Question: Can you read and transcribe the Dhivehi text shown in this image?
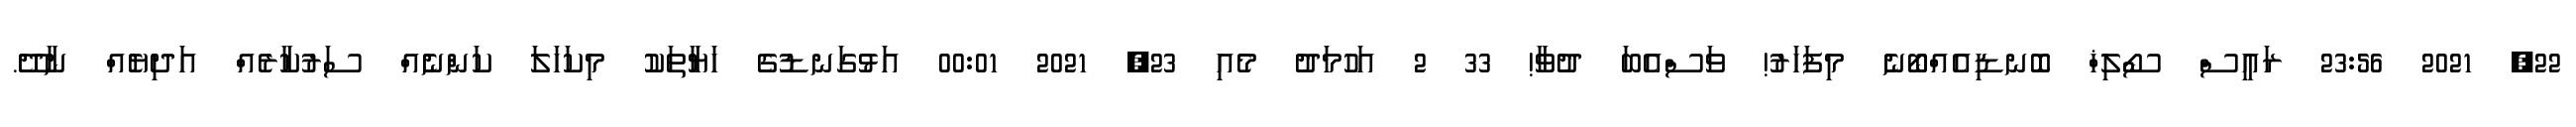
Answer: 22, 2021 23:56 ރައީސް ސޯލިޚް ބޮނޑިއެއްބޯނެ މިފަހަރު! ވަސްއެބަ ދުވާ! 33 2 އަހުމަދު މެއި 23, 2021 00:01 އަޅުގަނޑުގެ ހަޔާތަކު މިކަހަލަ ކަންނެއް ސަރުކާރެއް އަދިޔެއް ނާދޭ.